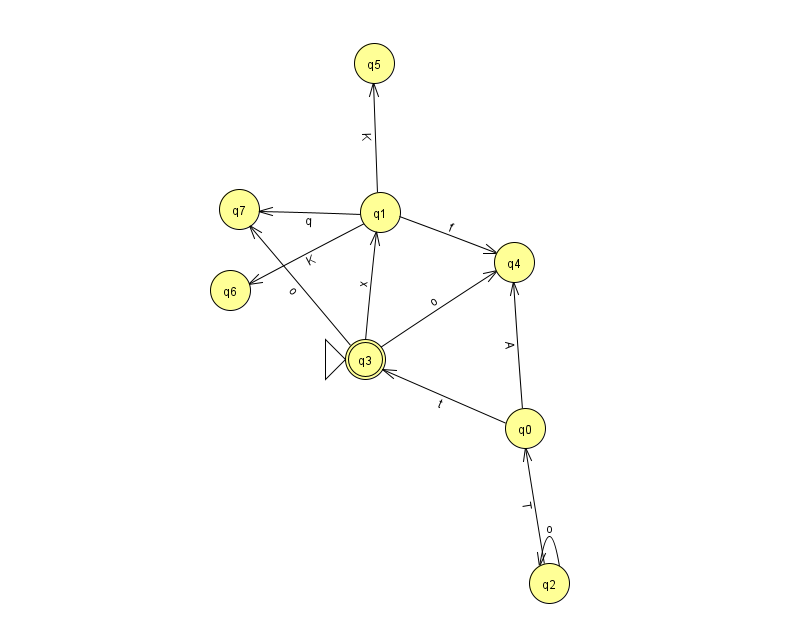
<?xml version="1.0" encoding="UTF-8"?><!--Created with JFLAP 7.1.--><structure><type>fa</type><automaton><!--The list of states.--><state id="0" name="q0"><x>525.0</x><y>415.0</y></state><state id="1" name="q1"><x>380.0</x><y>199.0</y></state><state id="2" name="q2"><x>549.0</x><y>570.0</y></state><state id="3" name="q3"><x>365.0</x><y>346.0</y><initial/><final/></state><state id="4" name="q4"><x>514.0</x><y>249.0</y></state><state id="5" name="q5"><x>374.0</x><y>50.0</y></state><state id="6" name="q6"><x>230.0</x><y>277.0</y></state><state id="7" name="q7"><x>239.0</x><y>196.0</y></state><!--The list of transitions.--><transition><from>2</from><to>0</to><read>T</read></transition><transition><from>0</from><to>3</to><read>t</read></transition><transition><from>1</from><to>6</to><read>K</read></transition><transition><from>1</from><to>4</to><read>f</read></transition><transition><from>1</from><to>7</to><read>q</read></transition><transition><from>0</from><to>4</to><read>A</read></transition><transition><from>3</from><to>1</to><read>x</read></transition><transition><from>3</from><to>7</to><read>o</read></transition><transition><from>3</from><to>4</to><read>o</read></transition><transition><from>1</from><to>5</to><read>K</read></transition><transition><from>2</from><to>2</to><read>o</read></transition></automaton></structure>